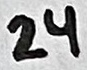
Text: 24